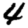
Digit: 4